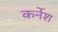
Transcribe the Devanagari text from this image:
कर्नेश